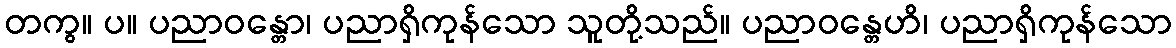
တကွ။ ပ။ ပညာဝန္တော၊ ပညာရှိကုန်သော သူတို့သည်။ ပညာဝန္တေဟိ၊ ပညာရှိကုန်သော